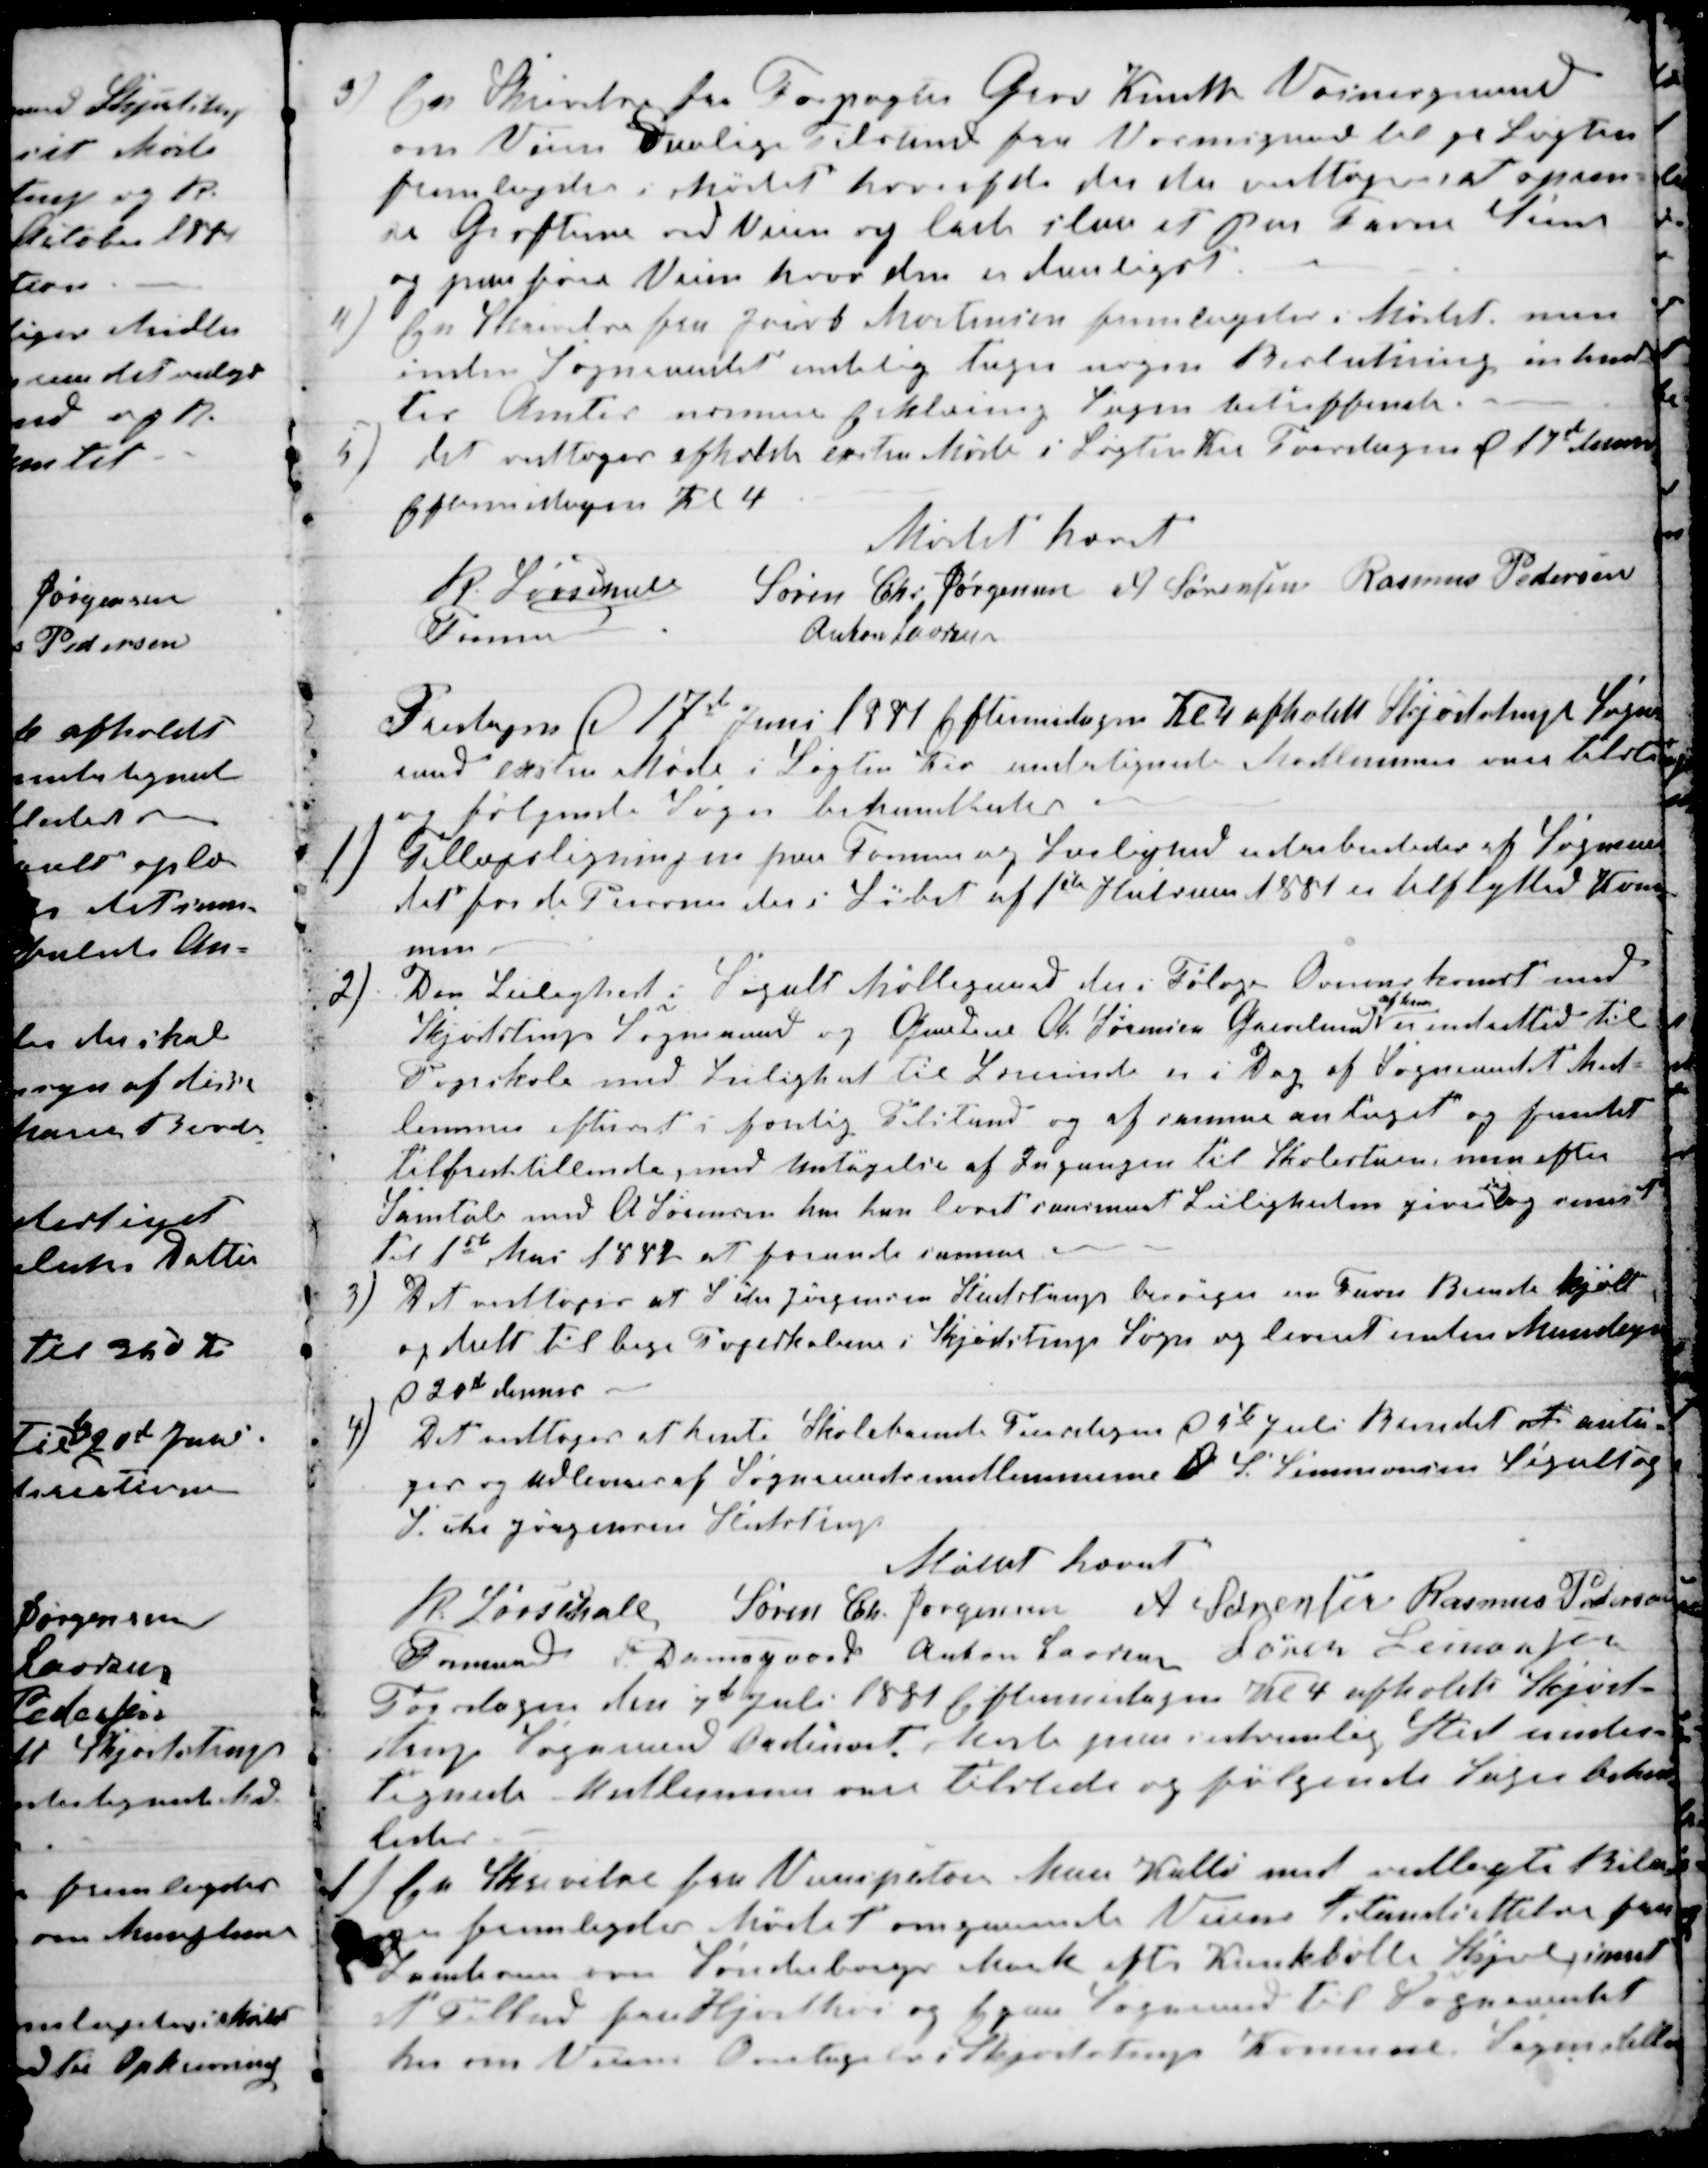
Transskription:
3) En Skrivelse fra Forpagter Greve Knuth Vosnesgaard
om Veiens Daarlige Tilstand fra Vosnesgaard til gl Løgten
fremlagdes i Mødet hvorefter der der vedtoges at opren-
se Grøfterne ved Veien og lade slaa et par Favn Steen
og paaføre Veien hvor den er daarligst.
4)
En Skrivelse fra Jacob Mortensen fremlagdes i Mødet men
inden Sogneraadet endelig tager nogen Beslutning inhend-
tes Amtes nærmere Erklæring Sagen betreffende.
5)
Det vedtoges afholde exstra Møde i Løgten Kro Fredagen d 17de dennes
Eftermidagen Kl 4
Mødet hævet
R. Løvschall
Formand
Søren Chr. Jørgensen A Sørensen Rasmus Pedersen
Anton Laursen
Fredagen d 17de Juni 1881 Eftermidagen Kl 4 afholdt Skjødstrup Sogne-
raad exstra Møde i Løgten Kro undertegnede Medlemmer vare tilstede
og følgende Sager behandledes.
1) Tillægsligningen paa Formue og Leilighed udarbeidedes af Sogneraa-
det for de Personer der i Løbet af 1ste Halvaar 1881 er tilflyttede Komu-
nen
2)
Den Leilighed i Segalt Møllegaard der i Følge Overenskomst med
Skjødstrup Sogneraad og Gaardeier A. Sørensen Grevelund 
af ham
er indrettet til
Pogeskole med Leilighed til Lærerinde er i Dag af Sogneraadets Med-
lemmer efterset i færdig Tilstand og af samme antaget og fundet
tilfredstillende, med Untagelse af Ingangen til Skolestuen, men efter
Samtale med A Sørensen har han lovet i nærmest Leiligheden givne

og senest
til 1ste Mai 1882 at forunde samme
3)
Det vedtoges at S Chr Jørgensen Studstrup besørger en Favn Brende kjøbt
og delt til bege Pogeskolerne i Skjødstrup Sogn og leveret inden Mandagen
d 20de dennes
4)
Det vedtoges at hente Skolebrende Fredagen d 1ste Juli Brendet at anta-
ges og udleveres af Sogneraadsmedlemmerne D S. Simmonsen Segalt og
S. Chr Jørgensen Studstrup.
Mødet hævet
R. Løvschall
Formand
Søren Chr. Jørgensen A Sørensen Rasmus Pedersen
P Damsgaard Anton Laursen Søren Simonsen
Torsdagen den 7de Juli 1881 Eftermidagen Kl 4 afholdt Skjød-
strup Sogneraad ordinært Møde paa sedvanlig Sted under-
tegnede Medlemmer vare tilstede og følgende Sager behan-
ledes
1) En Skrivelse fra Veiinspektøren Man Halls med vedlagte Bila-
ger fremlagdes Mødet angaaende Veiens Istandsettelse paa
Landeveien over Sønderborger Mark efter Kankbølle Skjel samt
et Tilbud fra Hjortshøi og Egaa Sogneraad til Sogneraadet
her om Veiens Overtagelse i Skjødstrup Komune. Sagen stilles